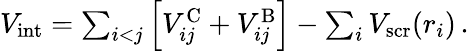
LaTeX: \begin{array}{r}{V_{\mathrm{int}}=\sum_{i<j}\left[V_{ij}^{\mathrm{C}}+V_{ij}^{\mathrm{B}}\right]-\sum_{i}V_{\mathrm{scr}}(r_{i})\, .}\end{array}